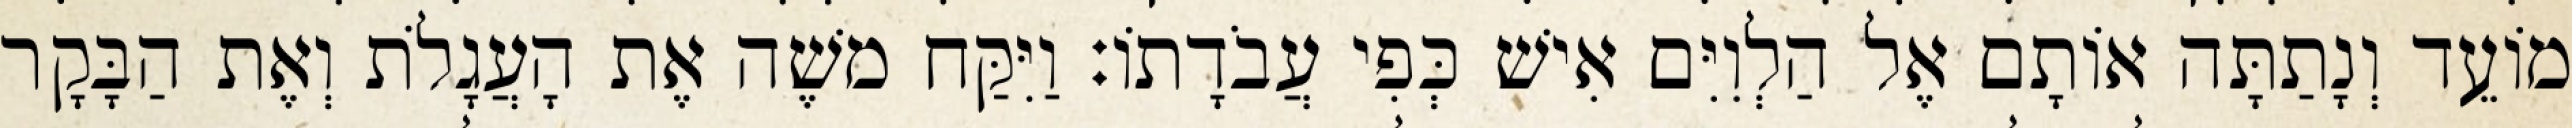
מוֹעֵד וְנָתַתָּה אוֹתָם אֶל הַלְוִיִּם אִישׁ כְּפִי עֲבֹדָתוֹ׃ וַיִּקַּח משֶׁה אֶת הָעֲגָלֹת וְאֶת הַבָּקָר